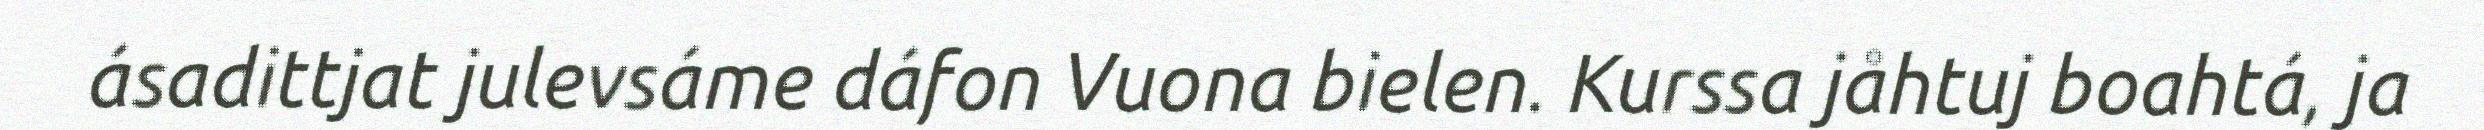
ásadittjat julevsáme dáfon Vuona bielen. Kurssa jåhtuj boahtá, ja